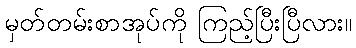
မှတ်တမ်းစာအုပ်ကို ကြည့်ပြီးပြီလား။